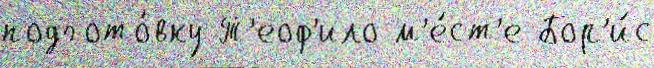
подгото́вку Т'еоф'ило м'е́ст'е Бор'и́с